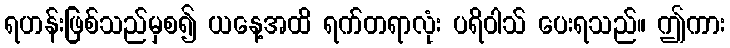
ရဟန်းဖြစ်သည်မှစ၍ ယနေ့အထိ ရက်တရာလုံး ပရိဝါသ် ပေးရသည်။ ဤကား